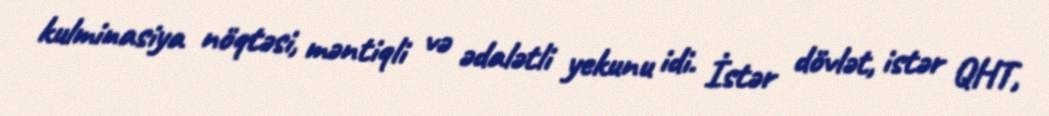
kulminasiya nöqtəsi, məntiqli və ədalətli yekunu idi. İstər dövlət, istər QHT,